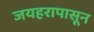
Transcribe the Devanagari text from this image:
जयहरापासून